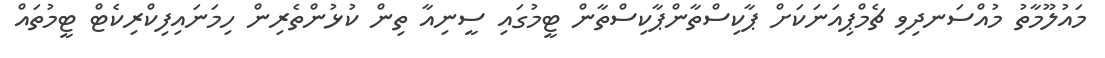
މައުލޫމާތު މުއްސަނދިވި ޗެމްޕިއަނަކަށް ޕާކިސްތާންޕާކިސްތާން ޓީމުގައި ސީނިއާ ތިން ކުޅުންތެރިން ހިމަނައިފިކްރިކެޓް ޓީމުތައް